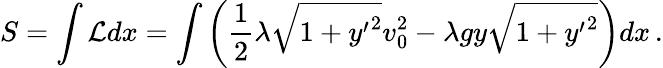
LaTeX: S=\int\mathcal{L}dx=\int\left(\frac{1}{2}\lambda\sqrt{1+{y^{\prime}}^{2}}v_{0}^{2}-\lambda gy\sqrt{1+{y^{\prime}}^{2}}\right)dx\, .